Annual report on the lock hospitals of the Madras Presidency
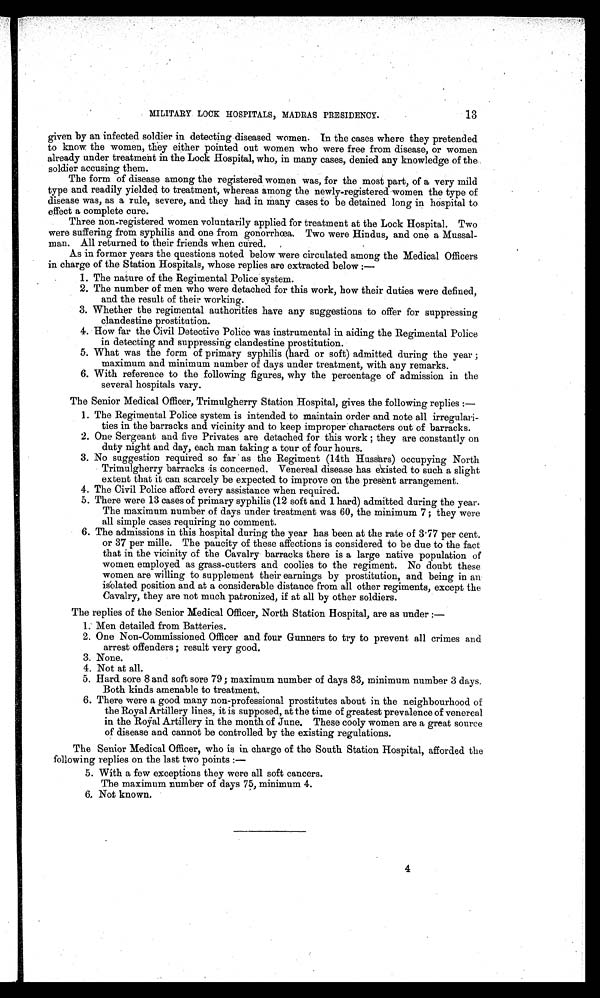
13
MILITARY LOCK HOSPITALS, MADRAS PRESIDENCY.
given by an infected soldier in detecting diseased women. In the cases where they pretended
to know the women, they either pointed out women who were free from disease, or women
already under treatment in the Lock Hospital, who, in many cases, denied any knowledge of the
soldier accusing them.
The form of disease among the registered women was, for the most part, of a very mild
type and readily yielded to treatment, whereas among the newly-registered women the type of
disease was, as a rule, severe, and they had in many cases to be detained long in hospital to
effect a complete cure.
Three non-registered women voluntarily applied for treatment at the Lock Hospital. Two
were suffering from syphilis and one from gonorrhœa. Two were Hindus, and one a Mussal-
man. All returned to their friends when cured.
As in former years the questions noted below were circulated among the Medical Officers
in charge of the Station Hospitals, whose replies are extracted below :—
1. The nature of the Regimental Police system.
2. The number of men who were detached for this work, how their duties were defined,
and the result of their working.
3. Whether the regimental authorities have any suggestions to offer for suppressing
clandestine prostitution.
4. How far the Civil Detective Police was instrumental in aiding the Regimental Police
in detecting and suppressing clandestine prostitution.
5. What was the form of primary syphilis (hard or soft) admitted during the year ;
maximum and minimum number of days under treatment, with any remarks.
6. With reference to the following figures, why the percentage of admission in the
several hospitals vary.
The Senior Medical Officer, Trimulgherry Station Hospital, gives the following replies :
—
l. The Regimental Police system is intended to maintain order and note all irregulari-
ties in the barracks and vicinity and to keep improper characters out of barracks.
2. One Sergeant and five Privates are detached for this work ; they are constantly on
duty night and day, each man taking a tour of four hours.
3. No suggestion required so far as the Regiment (14th Hussars) occupying North
Trimulgherry barracks is concerned. Venereal disease has existed to such a slight
extent that it can scarcely be expected to improve on the present arrangement.
4. The Civil Police afford every assistance when required.
5. There were 13 cases of primary syphilis (12 soft and 1 hard) admitted during the year.
The maximum number of days under treatment was 60, the minimum 7 ; they were
all simple cases requiring no comment.
6. The admissions in this hospital during the year has been at the rate of 3·77 per cent.
or 37 per mille. The paucity of these affections is considered to be due to the fact
that in the vicinity of the Cavalry barracks there is a large native population of
women employed as grass-cutters and coolies to the regiment. No doubt these
women are willing to supplement their earnings by prostitution, and being in an
isolated position and at a considerable distance from all other regiments, except the
Cavalry, they are not much patronized, if at all by other soldiers.
The replies of the Senior Medical Officer, North Station Hospital, are as under
:—
1. Men detailed from Batteries.
2. One Non-Commissioned Officer and four Gunners to try to prevent all crimes and
arrest offenders ; result very good.
3. None.
4. Not at all.
5. Hard sore 8 and soft sore 79 ; maximum number of days 83, minimum number 3 days.
Both kinds amenable to treatment.
6. There were a good many non-professional prostitutes about in the neighbourhood of
the Royal Artillery lines, it is supposed, at the time of greatest prevalence of venereal
in the Royal Artillery in the month of June. These cooly women are a great source
of disease and cannot be controlled by the existing regulations.
The Senior Medical Officer, who is in charge of the South Station Hospital, afforded the
following replies on the last two points :
—
5. With a few exceptions they were all soft cancers.
The maximum number of days 75, minimum 4
6, Not known,
4
4